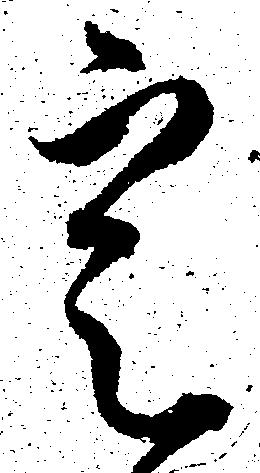
定